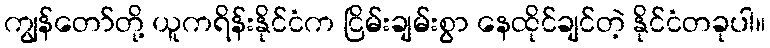
ကျွန်တော်တို့ ယူကရိန်းနိုင်ငံက ငြိမ်းချမ်းစွာ နေထိုင်ချင်တဲ့ နိုင်ငံတခုပါ။